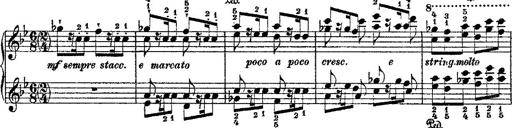
Title: Fantaisie romantique sur deux mÃ©lodies suisses
Composer: Franz Liszt